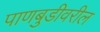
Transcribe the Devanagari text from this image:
पाणबुडीवरील